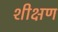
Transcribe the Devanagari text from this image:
शीक्षण